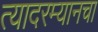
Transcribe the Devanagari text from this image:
त्यादरम्यानचा